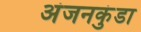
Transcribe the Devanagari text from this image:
अंजनकुंडा